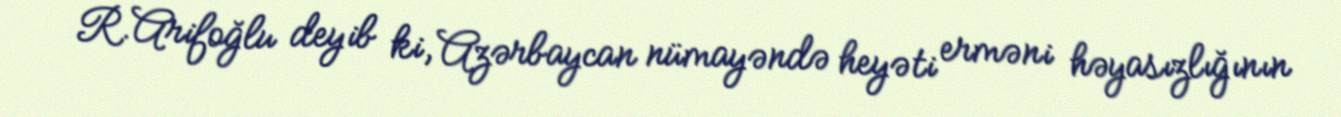
R.Arifoğlu deyib ki, Azərbaycan nümayəndə heyəti erməni həyasızlığının